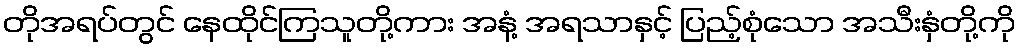
တိုအရပ်တွင် နေထိုင်ကြသူတို့ကား အနံ့ အရသာနှင့် ပြည့်စုံသော အသီးနှံတို့ကို